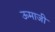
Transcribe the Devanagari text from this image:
ऊमाजी